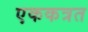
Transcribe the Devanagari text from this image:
एककत्रत